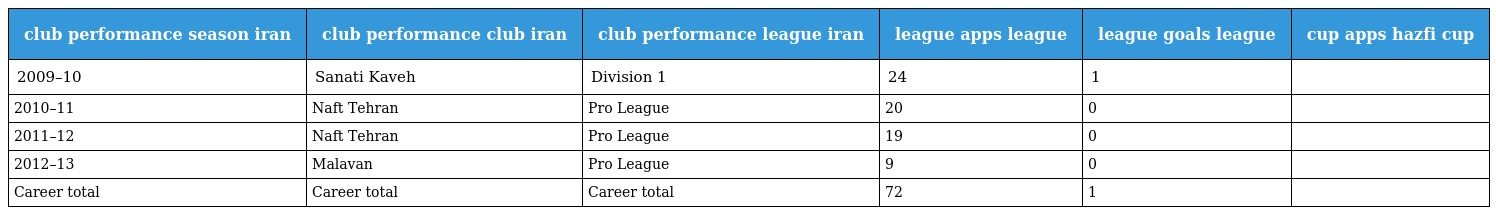
| club performance season iran | club performance club iran | club performance league iran | league apps league | league goals league | cup apps hazfi cup |
 | --- | --- | --- | --- | --- | --- |
 | 2009–10 | Sanati Kaveh | Division 1 | 24 | 1 |  |
 | 2010–11 | Naft Tehran | Pro League | 20 | 0 |  |
 | 2011–12 | Naft Tehran | Pro League | 19 | 0 |  |
 | 2012–13 | Malavan | Pro League | 9 | 0 |  |
 | Career total | Career total | Career total | 72 | 1 |  |